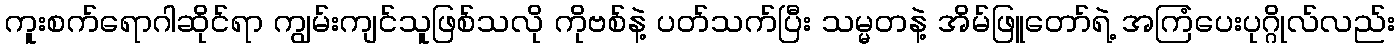
ကူးစက်ရောဂါဆိုင်ရာ ကျွမ်းကျင်သူဖြစ်သလို ကိုဗစ်နဲ့ ပတ်သက်ပြီး သမ္မတနဲ့ အိမ်ဖြူတော်ရဲ့ အကြံပေးပုဂ္ဂိုလ်လည်း